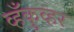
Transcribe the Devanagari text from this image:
व्हँकुव्हर